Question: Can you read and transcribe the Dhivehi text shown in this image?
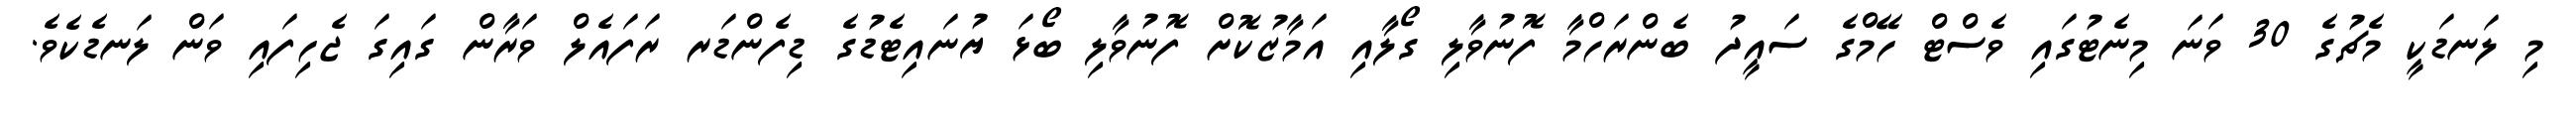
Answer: މި ލަނޑަކީ މެޗުގެ 30 ވަނަ މިނެޓުގައި ވެސްޓް ހޭމްގެ ސައީދު ބެންރަހްމާ ފޮނުވާލި ގޯލާއި އަމާޒުކޮށް ފޮނުވާލި ބޯޅަ ޔުނައިޓެޑުގެ ޑިފެންޑަރ ރަފައެލް ވަރާން ގައިގަ ޖެހިފައި ވަން ލަނޑެކެވެ.